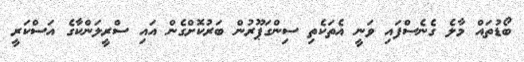
ބޯޑުތައް މާލެ ގެނެސްފައި ވަނީ އެތަކެތި ސިންގަޕޫރުން ބަރުކޮށްގެން އައި ސްރީލަންކާގެ އަސްކަރީ